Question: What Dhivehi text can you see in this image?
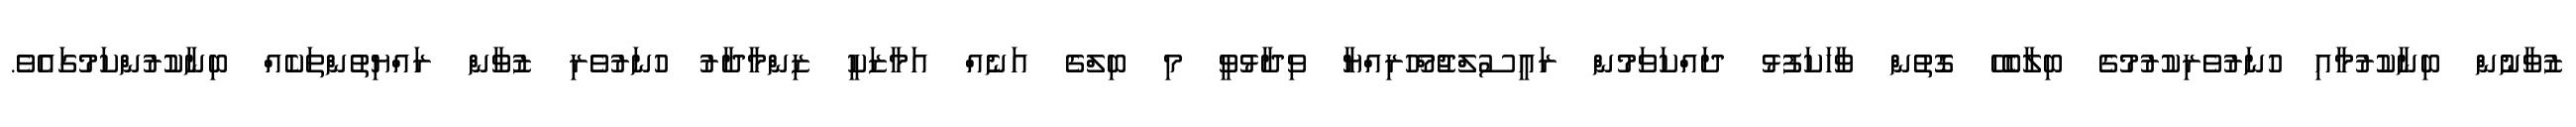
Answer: ޒުވާނުން ބިނާކުރުމާއި ހުނަރުވެރިކުރުމުގެ ބިލާބެހޭ ގޮތުން ވާހަކަފުޅު ދައްކަވަމުން ރައީސުލްޖުމްހޫރިއްޔާ ވިދާޅުވީ މި ބިލްގެ އަނެއް އަމާޒަކީ ޒިންމާދާރު ހުނަރުވެރި ޒުވާން ރައްޔިތުންތަކެއް ބިނާކުރުންކަމުގައެވެ.